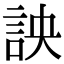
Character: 詇